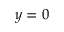
y = 0